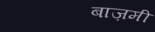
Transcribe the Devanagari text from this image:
बाज़मी